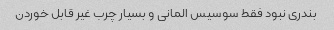
بندری نبود فقط سوسیس المانی و بسیار چرب غیر قابل خوردن